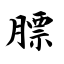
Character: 膘